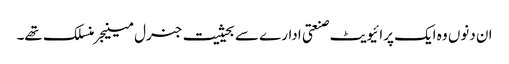
ان دنوں وہ ایک پرائیویٹ صنعتی ادارے سے بحیثیت جنرل مینیجر منسلک تھے۔